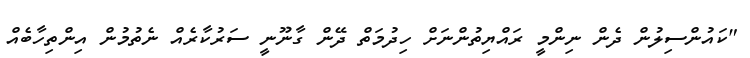
"ކައުންސިލުން ދެން ނިންމީ ރައްޔިތުންނަށް ހިދުމަތް ދޭން ގާނޫނީ ސަރުކާރެއް ނެތުމުން އިންތިހާބެއް